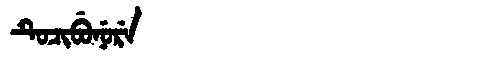
Manchu: ᡨᡠᠴᡳᠪᡠᠨᡠᡵᡝ
Romanization: TUCIBUNURE